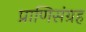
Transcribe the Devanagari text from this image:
प्राणिसंग्रह